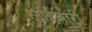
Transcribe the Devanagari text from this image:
लाईब्रोरी